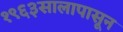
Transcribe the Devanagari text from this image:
१९६३सालापासून